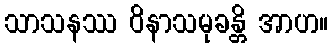
သာသနဿ ဝိနာသမုခန္တိ အာဟ။